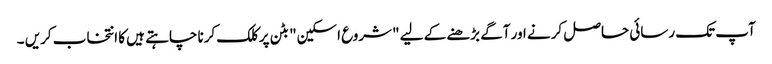
آپ تک رسائی حاصل کرنے اور آگے بڑھنے کے لیے "شروع اسکین" بٹن پر کلک کرنا چاہتے ہیں کا انتخاب کریں ۔